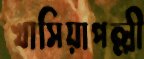
খাসিয়াপল্লী